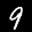
Label: 9